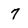
Character: 7